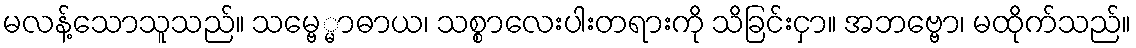
မလန့်သောသူသည်။ သမ္ဗေ္မာဓာယ၊ သစ္စာလေးပါးတရားကို သိခြင်းငှာ။ အဘဗ္ဗော၊ မထိုက်သည်။